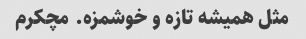
مثل همیشه تازه و خوشمزه. مچکرم